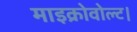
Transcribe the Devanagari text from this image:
माइक्रोवोल्ट।